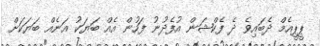
ޕީޕީއެމް ދެބައިވެ ދެ ފެކްޝަން އުފެދުނު ފަހުން އެއް ބަޔަކު އަނެއް ބަޔަކަށް